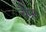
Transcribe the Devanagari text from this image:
चैप्स